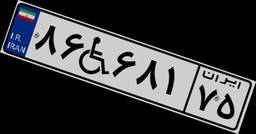
۸۶W۶۸۱۷۵